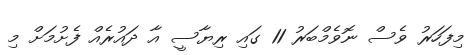
މިފަހަރު ވެސް ނޮވެމްބަރު 11 ގައި ރިޔާސީ އާ ދައުރެއް ފެށުމަށް މި